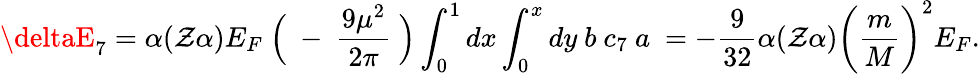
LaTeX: \deltaE_{7}=\alpha(\mathcal{Z}\alpha)E_{F}~\Bigl(~-~\frac{{9\mu^{2}}}{{2\pi}}~\Bigr)\int_{0}^{1}{dx}\int_{0}^{x}{dy}~b~c_{7}~a~=-\frac{{9}}{{32}}\alpha(\mathcal{Z}\alpha)\biggl(\frac{{m}}{{M}}\biggr)^{2}E_{F}.